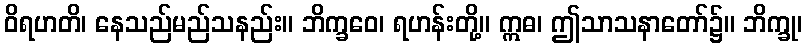
ဝိရဟတိ၊ နေသည်မည်သနည်း။ ဘိက္ခဝေ၊ ရဟန်းတို့။ ဣဓ၊ ဤသာသနာတော်၌။ ဘိက္ခု၊